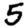
Digit: 5